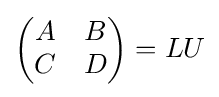
{\begin{pmatrix}A&B\\C&D\end{pmatrix}}=LU